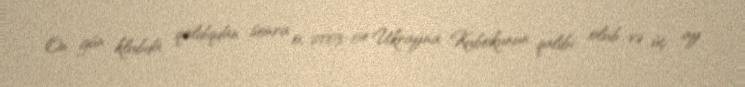
On gün klubda qaldıqdan sonra o, 2003-04 Ukrayna Kubokunun qalibi olub və üç ay